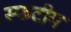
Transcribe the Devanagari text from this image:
स्फटीय